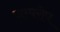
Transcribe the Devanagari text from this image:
जम्परोप